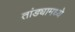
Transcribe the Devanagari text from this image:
तांड्यामध्ये